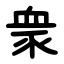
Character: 衆